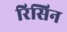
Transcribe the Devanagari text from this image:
रिसिन